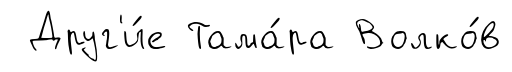
Друг'и́е Тама́ра Волко́в